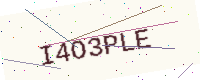
Text: I4O3PLE